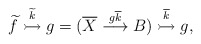
\begin{align*}\widetilde{f} \stackrel{\widetilde{k}}{\rightarrowtail} g = (\overline{X}\stackrel{g\overline{k}}{\longrightarrow} B)\stackrel{\overline{k}}{\rightarrowtail} g,\end{align*}